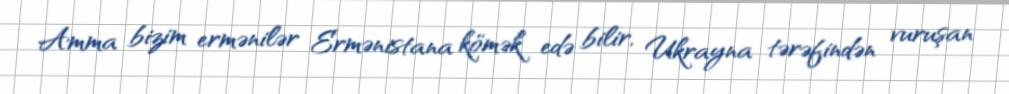
Amma bizim ermənilər Ermənistana kömək edə bilir, Ukrayna tərəfindən vuruşan